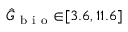
\hat { G } _ { \mathrm { ~ b ~ i ~ o ~ } } { \in } [ 3 . 6 , 1 1 . 6 ]